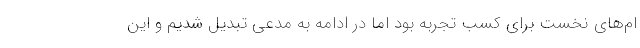
ام‌های نخست برای کسب تجربه بود اما در ادامه به مدعی تبدیل شدیم و این